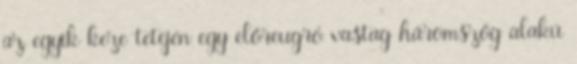
az egyik keze tetején egy előreugró vastag háromszög alakú